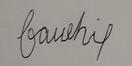
Signature authenticity: forged